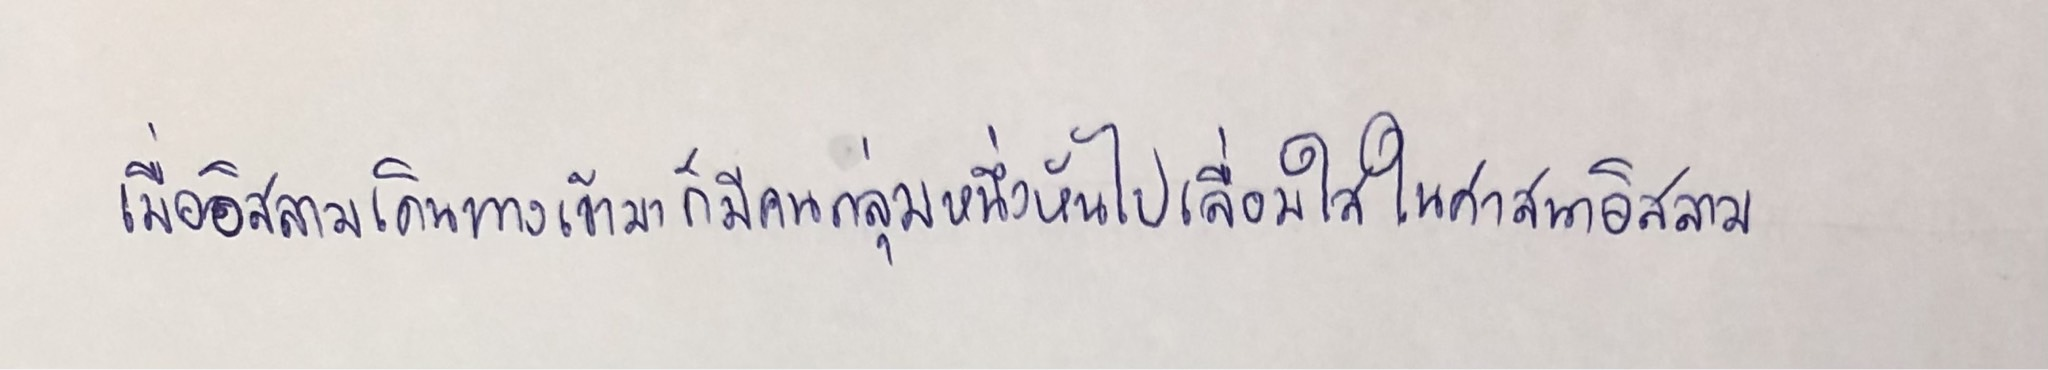
เมื่ออิสลามเดินทางเข้ามาก็มีคนกลุ่มหนึ่งหันไปเลื่อมใสในศาสนาอิสลาม